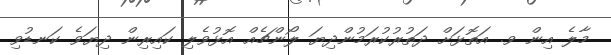
މާލެ އިން ވ. އަތޮޅަށް ދަތުރުކުރަމުންދިޔަ ލޯންޗެއް އޮޅުވެލި ކައިރިން ދިޔަވެ ކަނޑުވި